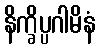
နိက္ခိပ္ပဂါမိနံ